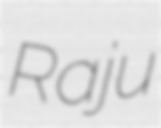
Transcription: Raju